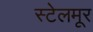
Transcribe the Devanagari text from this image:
स्टेलमूर